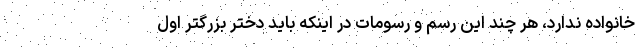
خانواده ندارد، هر چند این رسم و رسومات در اینکه باید دختر بزرگتر اول